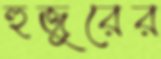
হুজুরের